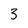
Character: 3